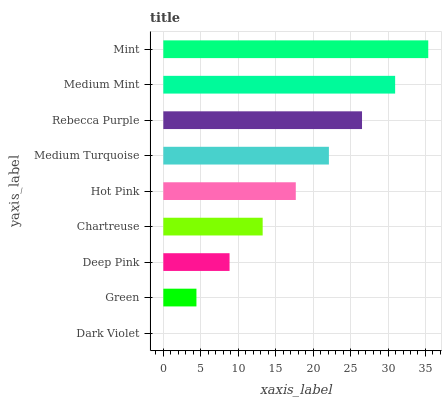
| yaxis_label | bars |
 | --- | --- |
 | Dark Violet | 0 |
 | Green | 4.42 |
 | Deep Pink | 8.84 |
 | Chartreuse | 13.3 |
 | Hot Pink | 17.7 |
 | Medium Turquoise | 22.1 |
 | Rebecca Purple | 26.5 |
 | Medium Mint | 30.9 |
 | Mint | 35.4 |